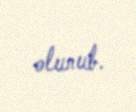
olunub.